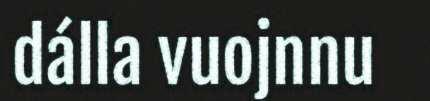
dálla vuojnnu